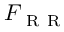
F _ { \mathrm { ~ R ~ R ~ } }